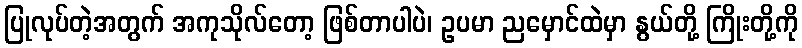
ပြုလုပ်တဲ့အတွက် အကုသိုလ်တော့ ဖြစ်တာပါပဲ၊ ဥပမာ ညမှောင်ထဲမှာ နွယ်တို့ ကြိုးတို့ကို